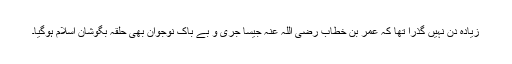
زیادہ دن نہیں گذرا تھا کہ عمر بن خطاب رضی اللہ عنہ جیسا جری و بے باک نوجوان بھی حلقہ بگوشانِ اسلام ہوگیا۔